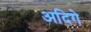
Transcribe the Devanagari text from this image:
अदिगे